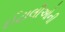
ઈટાલીઓની